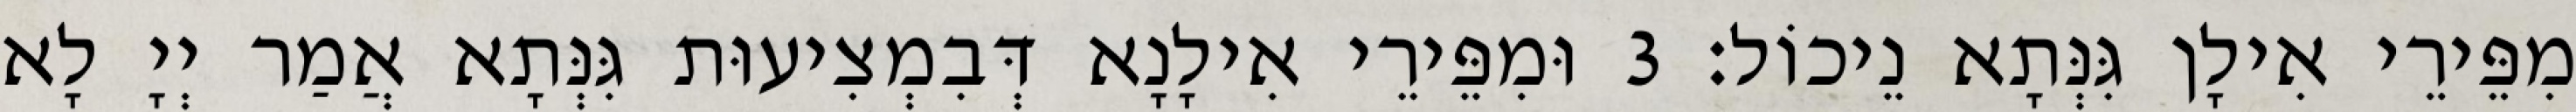
מִפֵּירֵי אִילָן גִּנְּתָא נֵיכוֹל׃ 3 וּמִפֵּירֵי אִילָנָא דְּבִמְצִיעוּת גִּנְּתָא אֲמַר יְיָ לָא